Civil Veterinary Department Bihar reports 1936-40 - 1936-1940
Year: 1936
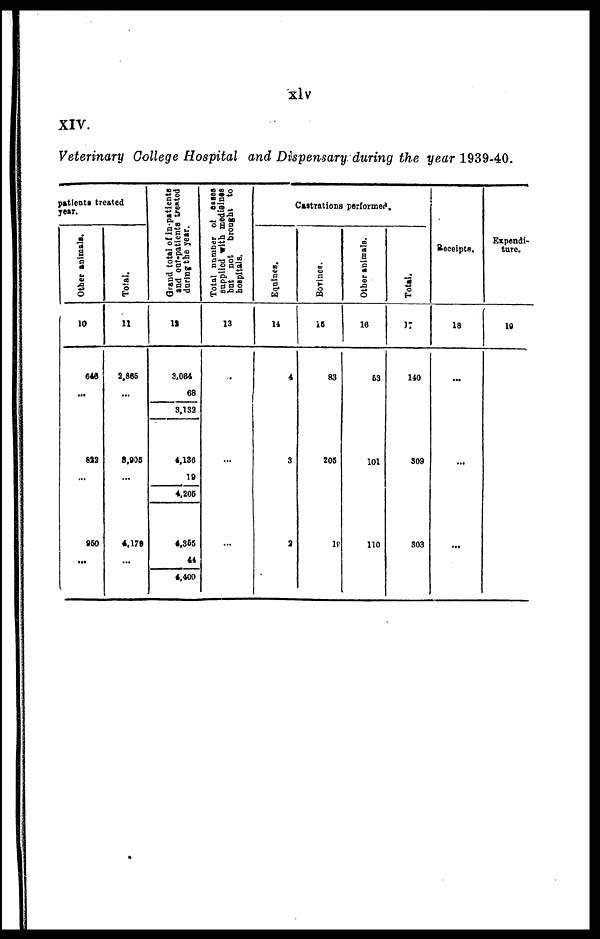
XIV.
Veterinary College Hospital and Dispensary during the year 1939-40.
patients treated
year.
Other animals.
10
646
...
822
...
960
...
Total.
11
2,865
...
3,905
...
4,175
...
Grand total of in patients
and oat-patients treated
during the year.
12
3,064
68
3,132
4,136
19
4,205
4,355
44
4,400
Total number of cases
supplied with medicines
but
not
brought to
hospitals.
13
...
...
...
Castrations performed.
Equines.
14
4
3
2
Bovines.
15
83
205
18
Other animals.
16
53
101
110
Total.
17
140
309
303
Receipts.
18
...
...
...
Expendi-
ture.
19